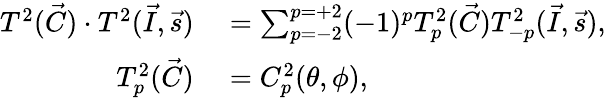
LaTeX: \begin{array}{rl}{T^{2}(\vec{C})\cdot T^{2}(\vec{I},\vec{s})}&{{}=\sum_{p=-2}^{p=+2}(-1)^{p}T_{p}^{2}(\vec{C})T_{-p}^{2}(\vec{I},\vec{s}),}\\ {T_{p}^{2}(\vec{C})}&{{}=C_{p}^{2}(\theta,\phi),}\end{array}